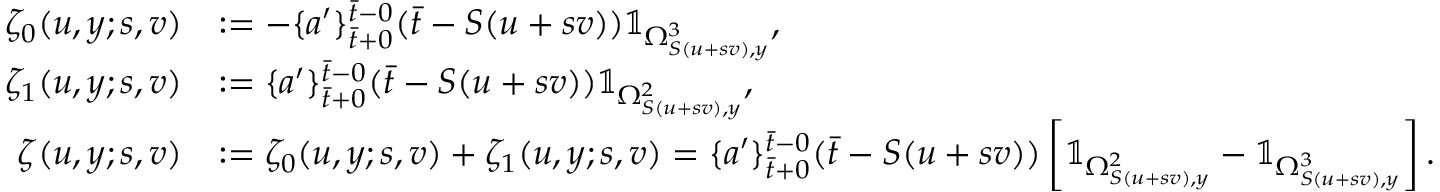
\begin{array} { r l } { \zeta _ { 0 } ( u , y ; s , v ) } & { : = - \{ a ^ { \prime } \} _ { \bar { t } + 0 } ^ { \bar { t } - 0 } ( \bar { t } - S ( u + s v ) ) \mathbb { 1 } _ { \Omega _ { S ( u + s v ) , y } ^ { 3 } } , } \\ { \zeta _ { 1 } ( u , y ; s , v ) } & { : = \{ a ^ { \prime } \} _ { \bar { t } + 0 } ^ { \bar { t } - 0 } ( \bar { t } - S ( u + s v ) ) \mathbb { 1 } _ { \Omega _ { S ( u + s v ) , y } ^ { 2 } } , } \\ { \zeta ( u , y ; s , v ) } & { : = \zeta _ { 0 } ( u , y ; s , v ) + \zeta _ { 1 } ( u , y ; s , v ) = \{ a ^ { \prime } \} _ { \bar { t } + 0 } ^ { \bar { t } - 0 } ( \bar { t } - S ( u + s v ) ) \left[ \mathbb { 1 } _ { \Omega _ { S ( u + s v ) , y } ^ { 2 } } - \mathbb { 1 } _ { \Omega _ { S ( u + s v ) , y } ^ { 3 } } \right] . } \end{array}